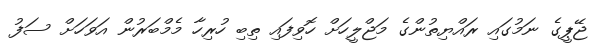
ޖޭޕީގެ ނަމުގައި ރައްޔިތުންގެ މަޖްލީހަށް ހޮވިފައި ތިބި ހުރިހާ މެމްބަރުން އަވަހަށް ސަފު